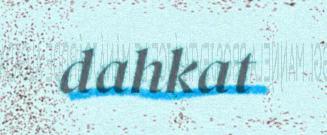
dahkat